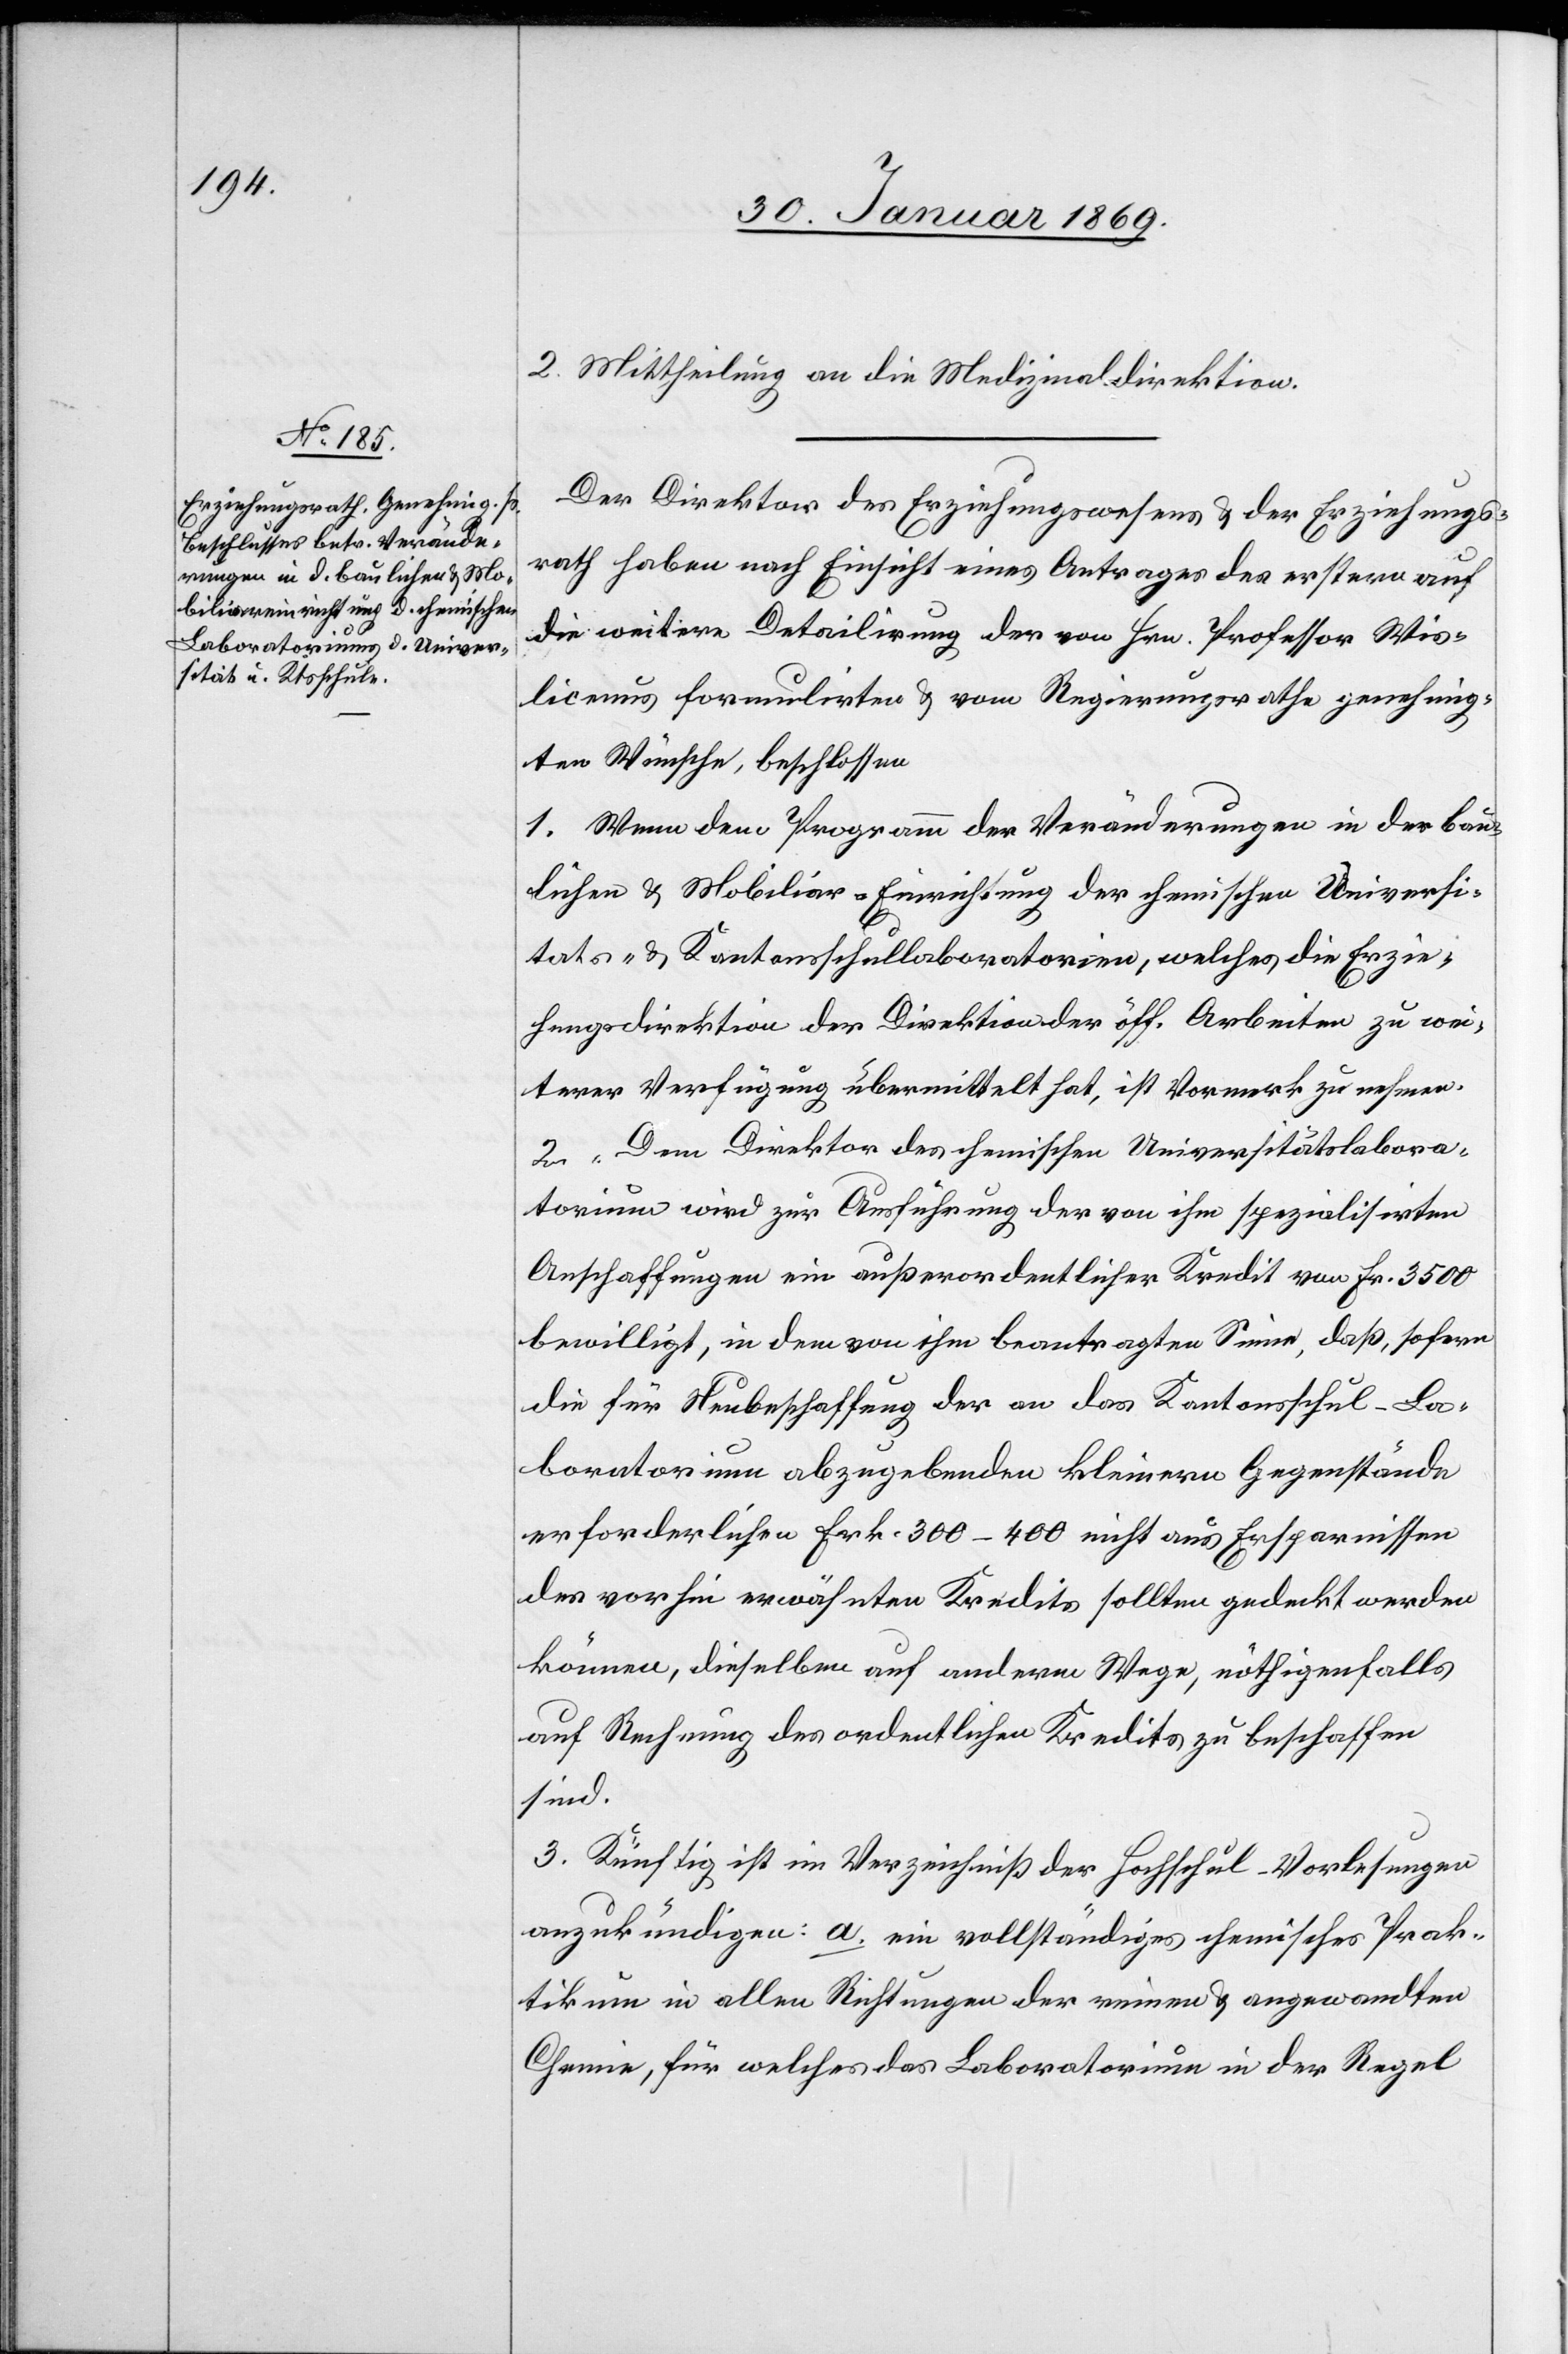
Mittheilung an die Medizinaldirektion.
Der Direktor des Erziehungswesens u. der Erziehungs¬
2.
rath haben nach Einsicht eines Antrages des erstern auf
die weiterne Detailirung der von Hrn. Professor Wis¬
licenus formulirten u. vom Regierungsrathe genehmig¬
ten Wünsche, beschlossen
1. Wenn dem Programm der Veränderungen in der bau¬
lichen u. Mobiliar-Einrichtung der chemischen Universi¬
täts- u. Kantonalschullaboratorien, welches die Erzie¬
hungsdirektion der Direktion der öff. Arbeiten zu wei¬
terer Verfügung übermittelt hat, ist Vormerk zu nehmen.
2. Dem Direktor des chemischen Universitätslabora¬
torium wird zur Ausführung der von ihm spezialisirten
Anschaffungen ein außerordentlicher Kredit von Fr. 3500
bewilligt, in dem von ihm beantragten Sinne, daß, sofern
die für Neubeschaffung der an das Kantonsschul-La¬
boratorium abzugebenden kleinern Gegenstände
erforderlichen Frk. 300–400 nicht aus Ersparnissen
des vorhin erwähnten Kredits sollten gedeckt werden
können, dieselben auf anderm Wege, nöthigenfalls
auf Rechnung des ordentlichen Kredits zu beschaffen
sind.
3. Künftig ist im Verzeichniß der Hochschul-Vorlesungen
anzukündigen: a. ein vollständiges chemisches Prak¬
tikum in allen Richtungen der reinen u. angewandten
Chemie, für welches das Laboratorium in der Regel